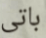
باتى